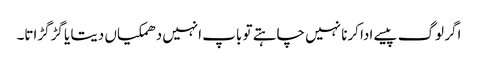
اگر لوگ پیسے ادا کرنا نہیں چاہتے تو باپ انہیں دھمکیاں دیتا یا گڑگڑاتا۔